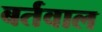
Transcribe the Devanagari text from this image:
बर्तवाल